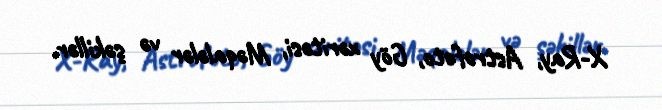
X-Ray, Astrofoto, Göy xəritəsi, Məqalələr və şəkillər.